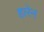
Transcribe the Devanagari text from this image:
हारेन